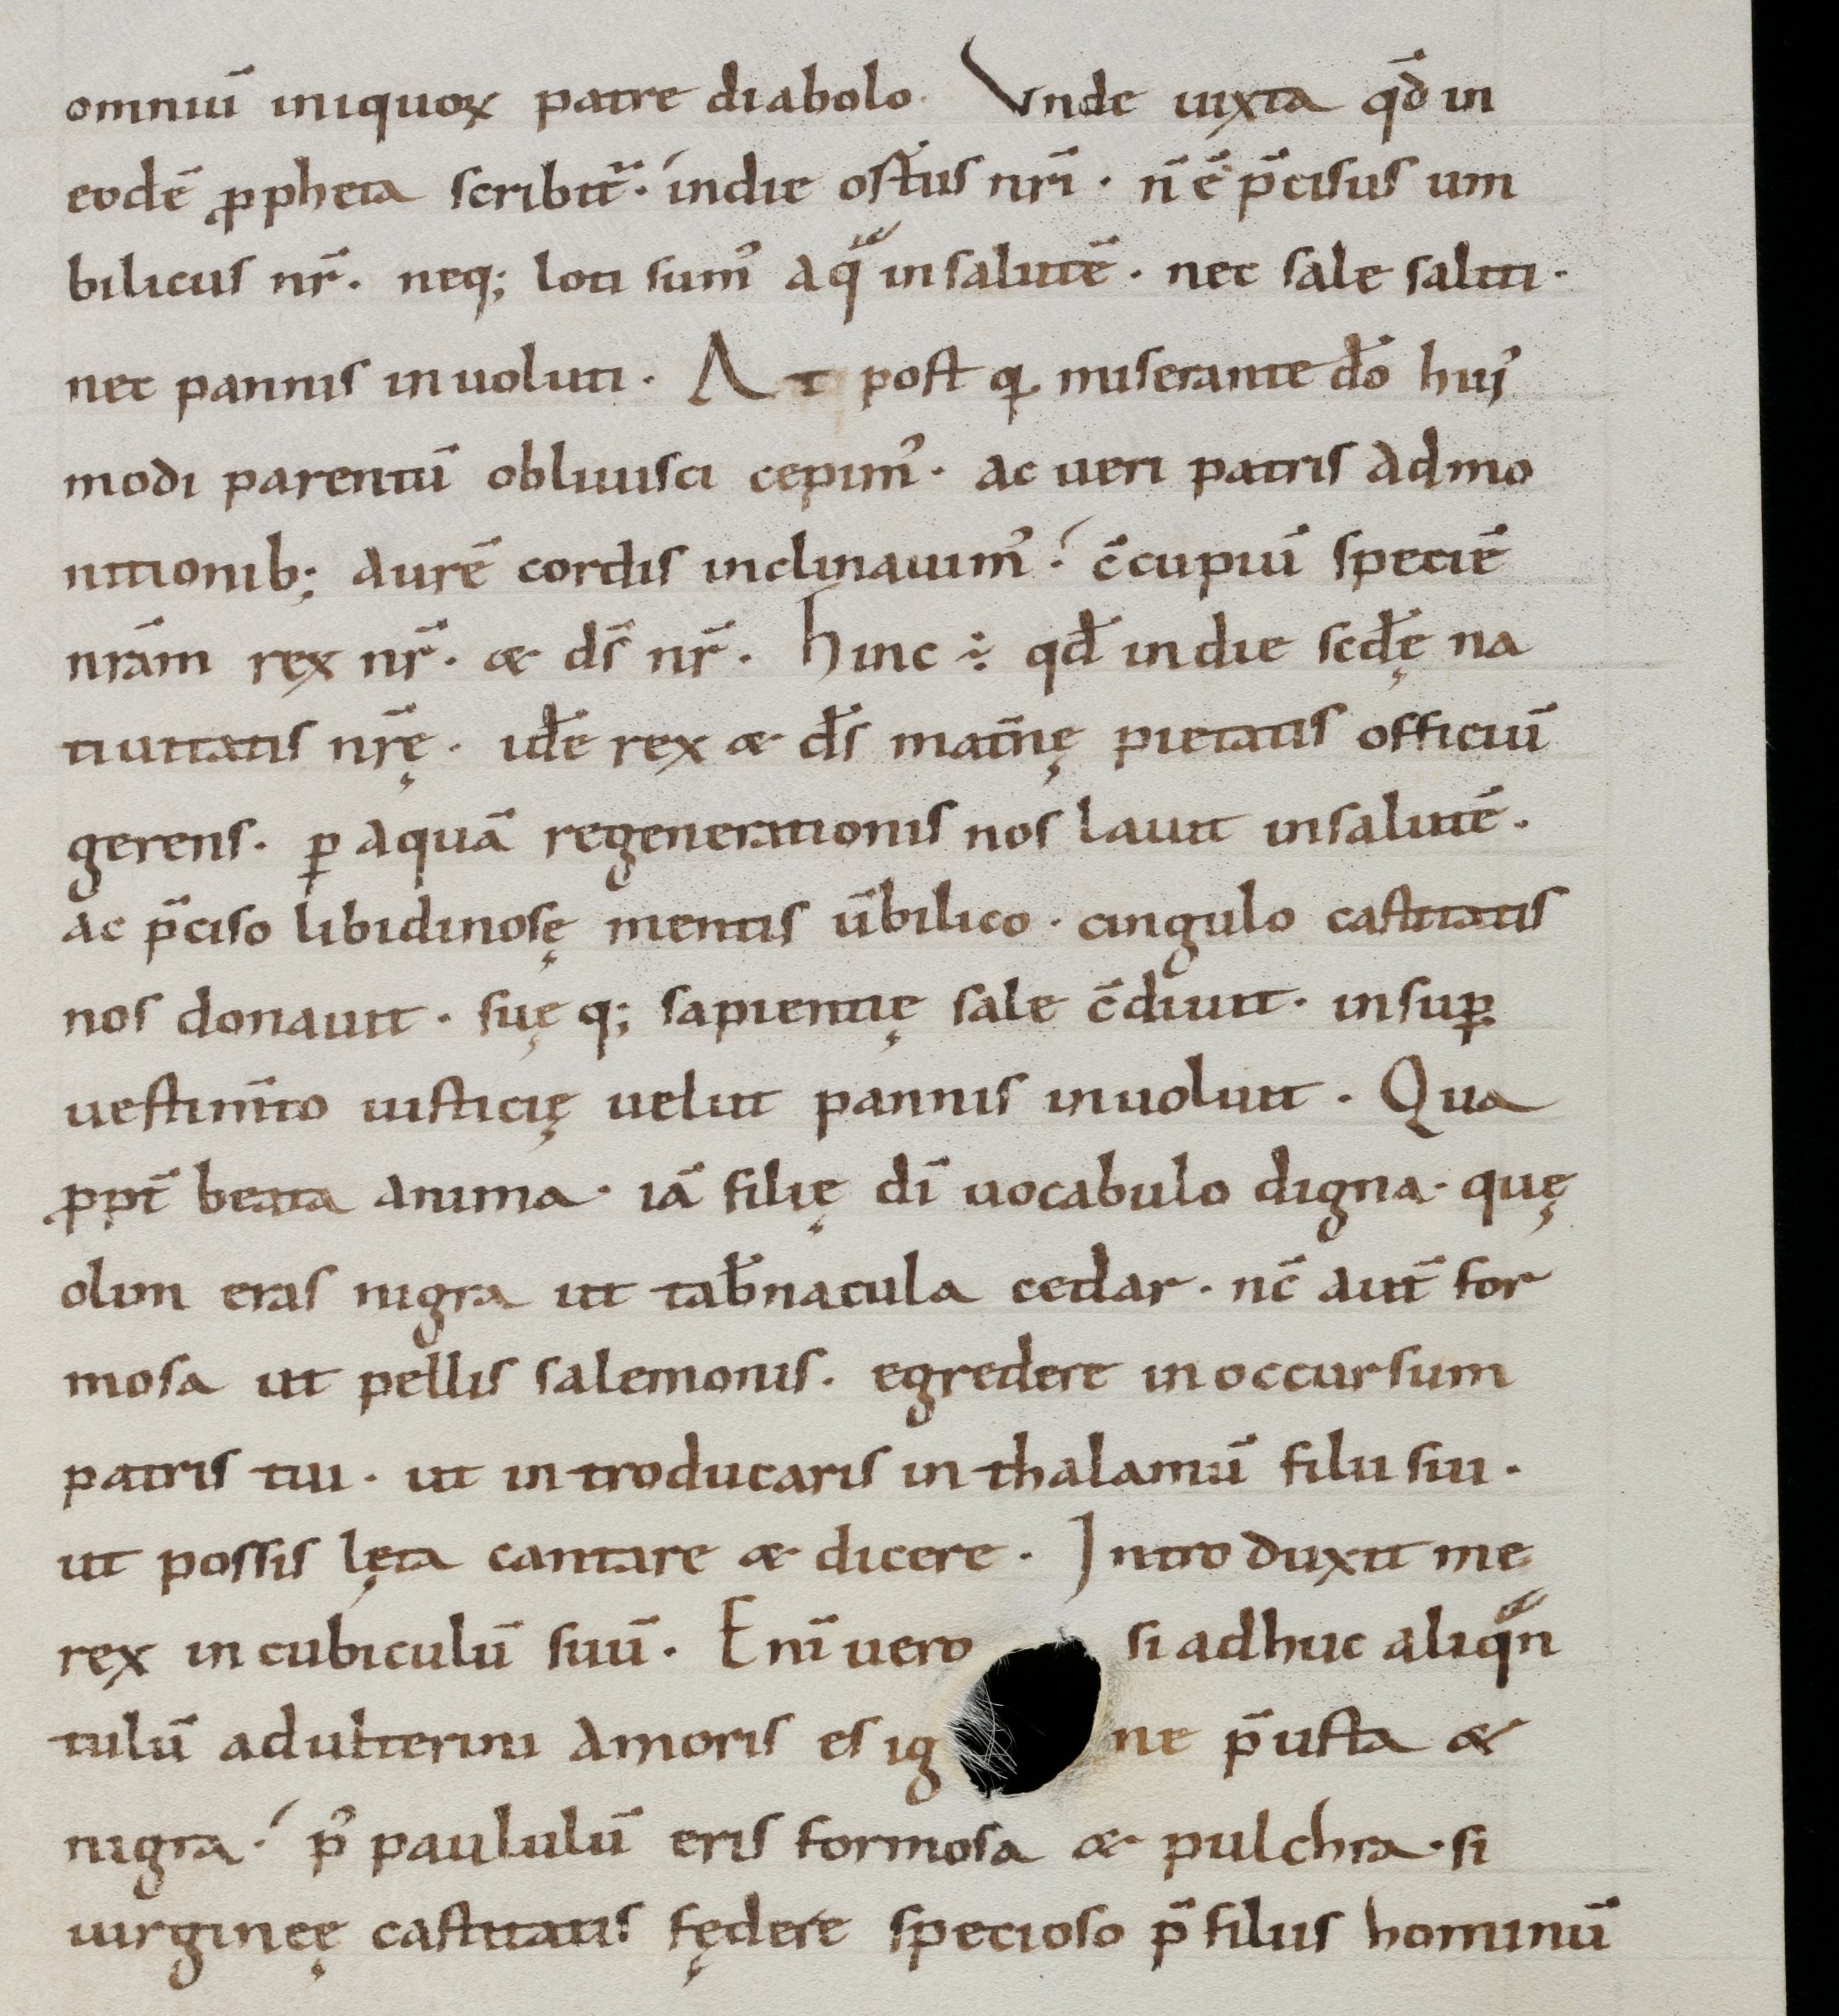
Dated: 1000–1099